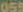
055